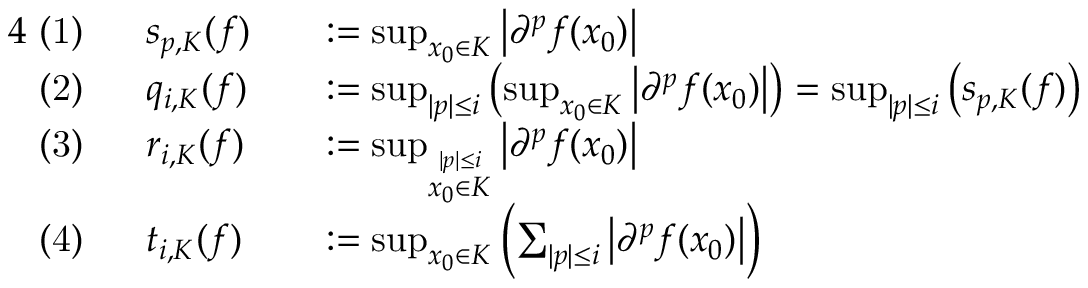
{ \begin{array} { r l r l } { { 4 } { \mathrm { ~ ( 1 ) ~ } } \ } & { s _ { p , K } ( f ) } & & { : = \operatorname* { s u p } _ { x _ { 0 } \in K } \left| \partial ^ { p } f ( x _ { 0 } ) \right| } \\ { { \mathrm { ~ ( 2 ) ~ } } \ } & { q _ { i , K } ( f ) } & & { : = \operatorname* { s u p } _ { | p | \leq i } \left( \operatorname* { s u p } _ { x _ { 0 } \in K } \left| \partial ^ { p } f ( x _ { 0 } ) \right| \right) = \operatorname* { s u p } _ { | p | \leq i } \left( s _ { p , K } ( f ) \right) } \\ { { \mathrm { ~ ( 3 ) ~ } } \ } & { r _ { i , K } ( f ) } & & { : = \operatorname* { s u p } _ { \stackrel { | p | \leq i } { x _ { 0 } \in K } } \left| \partial ^ { p } f ( x _ { 0 } ) \right| } \\ { { \mathrm { ~ ( 4 ) ~ } } \ } & { t _ { i , K } ( f ) } & & { : = \operatorname* { s u p } _ { x _ { 0 } \in K } \left( \sum _ { | p | \leq i } \left| \partial ^ { p } f ( x _ { 0 } ) \right| \right) } \end{array} }